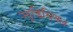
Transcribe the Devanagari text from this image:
ज्यूडिसियल